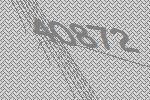
40872